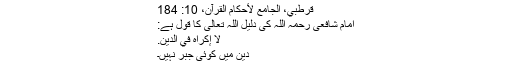
قرطبي، الجامع لأحكام القرآن، 10: 184
امام شافعی رحمہ اللہ کی دلیل اللہ تعالیٰ کا قول ہے:
لَا إِكْرَاهَ فِي الدِّينِ.
دین میں کوئی جبر نہیں۔